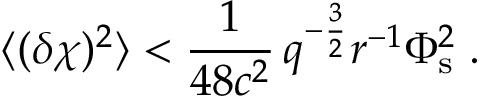
\langle ( \delta \chi ) ^ { 2 } \rangle < \frac { 1 } { 4 8 c ^ { 2 } } \, q ^ { - \frac { 3 } { 2 } } r ^ { - 1 } \Phi _ { \mathrm { s } } ^ { 2 } \; .